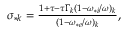
\begin{array} { r } { \sigma _ { * k } = \frac { 1 + \tau - \tau \Gamma _ { k } ( 1 - \omega _ { * i } / \omega ) _ { k } } { ( 1 - \omega _ { * e } / \omega ) _ { k } } , } \end{array}